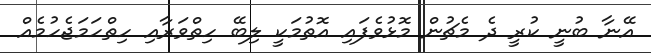
އޭނާ ބުނީ ކުރީ ދެ މެޗުން މޮޅުވެފައި އޮތުމަކީ ލިބޭ ހިތްވަރާއި ހިތްހަމަޖެހުމެއް